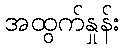
အထွက်နှုန်း